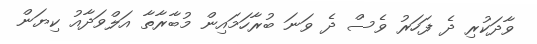
ވާދަކުރި ދެ ފަހަރު ވެސް ދެ ވަނަ ބުރާހަމައިން މުބާރާތާ އަލްވަދާއު ކިޔަން